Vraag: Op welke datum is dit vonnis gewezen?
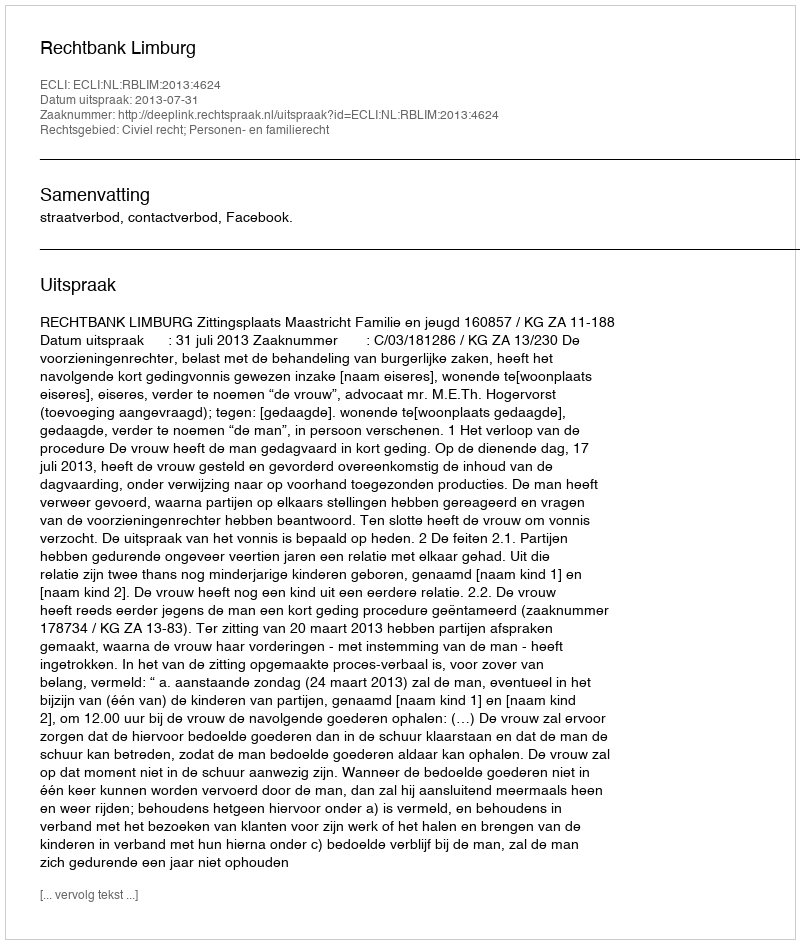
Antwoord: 2013-07-31